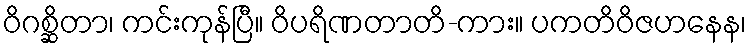
ဝိဂစ္ဆိတာ၊ ကင်းကုန်ပြီ။ ဝိပရိဏတာတိ-ကား။ ပကတိဝိဇဟနေန၊